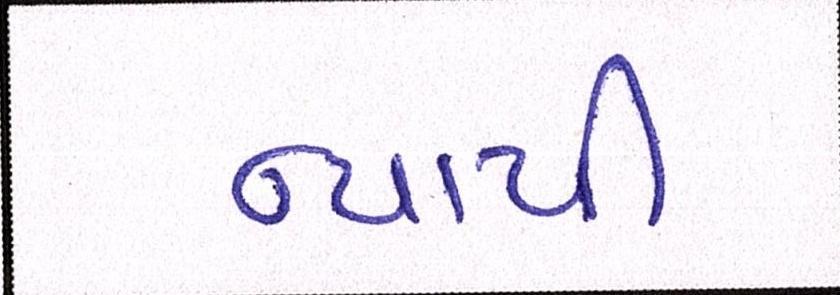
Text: ન્યાયી